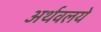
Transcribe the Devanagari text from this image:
अर्थवलये